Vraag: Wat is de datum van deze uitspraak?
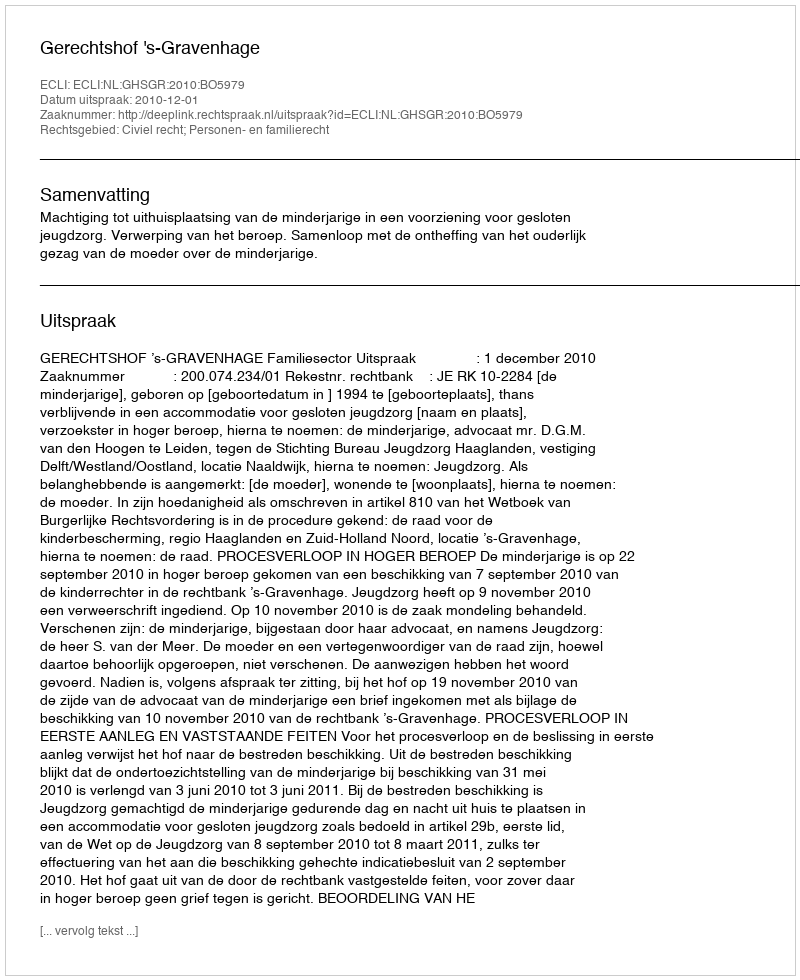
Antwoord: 2010-12-01